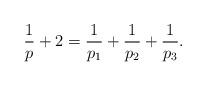
LaTeX: \begin{align*}\frac 1p + 2 = \frac{1}{p_1}+ \frac{1}{p_2}+ \frac{1}{p_3}.\end{align*}